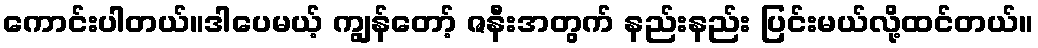
ကောင်းပါတယ်။ဒါပေမယ့် ကျွန်တော့် ဇနီးအတွက် နည်းနည်း ပြင်းမယ်လို့ထင်တယ်။